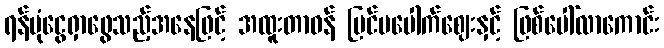
ရန်ပုံငွေရှာဖွေသည့်အနေဖြင့် အထူးတာဝန် ပြင်ပပေါက်ဈေးနှင့် ဖြစ်ပေါ်လာကောင်း